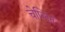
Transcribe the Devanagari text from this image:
चेप्लिन